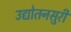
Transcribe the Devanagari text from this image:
उद्योतनसुरी